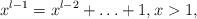
LaTeX: \begin{align*}x^{l-1}=x^{l-2}+\ldots+1,x>1,\end{align*}